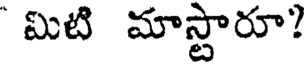
మిటి మాస్టారూ?